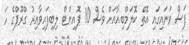
ފަސް ވަނައިގައި އޮތް ކޮލަމްބިއާއަށް ވެސް 10 ޕޮއިންޓް ލިބިފައިވާއިރު ގްރޫޕްގެ ހަ